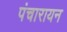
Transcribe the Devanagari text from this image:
पंचारायन